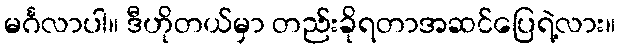
မင်္ဂလာပါ။ ဒီဟိုတယ်မှာ တည်းခိုရတာအဆင်ပြေရဲ့လား။